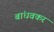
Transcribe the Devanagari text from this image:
बांधवकर